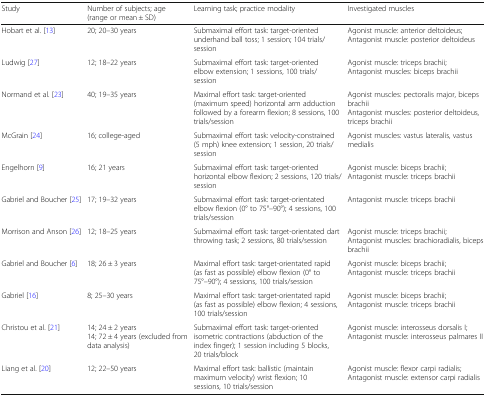
| Study | Number of subjects; age (range or mean ± SD) | Learning task; practice modality | Investigated muscles |
 | --- | --- | --- | --- |
 | Hobart et al. [13] | 20; 20–30 years | Submaximal effort task: target-oriented underhand ball toss; 1 session; 104 trials/session | Agonist muscle: anterior deltoideus;Antagonist muscle: posterior deltoideus |
 | Ludwig [27] | 12; 18–22 years | Submaximal effort task: target-oriented elbow extension; 1 sessions, 100 trials/session | Agonist muscle: triceps brachii;Antagonist muscles: biceps brachii |
 | Normand et al. [23] | 40; 19–35 years | Maximal effort task: target-oriented (maximum speed) horizontal arm adduction followed by a forearm flexion; 8 sessions, 100 trials/session | Agonist muscles: pectoralis major, biceps brachiiAntagonist muscles: posterior deltoideus, triceps brachii |
 | McGrain [24] | 16; college-aged | Submaximal effort task: velocity-constrained (5 mph) knee extension; 1 session, 20 trials/session | Agonist muscles: vastus lateralis, vastus medialis |
 | Engelhorn [9] | 16; 21 years | Submaximal effort task: target-oriented horizontal elbow flexion; 2 sessions, 120 trials/session | Agonist muscle: biceps brachii;Antagonist muscle: triceps brachii |
 | Gabriel and Boucher [25] | 17; 19–32 years | Submaximal effort task: target-orientated elbow flexion (0° to 75°–90°); 4 sessions, 100 trials/session | Antagonist muscle: triceps brachii |
 | Morrison and Anson [26] | 12; 18–25 years | Submaximal effort task: target-orientated dart throwing task; 2 sessions, 80 trials/session | Agonist muscle: triceps brachii;Antagonist muscles: brachioradialis, biceps brachii |
 | Gabriel and Boucher [6] | 18; 26 ± 3 years | Maximal effort task: target-orientated rapid (as fast as possible) elbow flexion (0° to 75°–90°); 4 sessions, 100 trials/session | Agonist muscle: biceps brachii;Antagonist muscle: triceps brachii |
 | Gabriel [16] | 8; 25–30 years | Maximal effort task: target-orientated rapid (as fast as possible) elbow flexion; 4 sessions, 100 trials/session | Agonist muscle: biceps brachii;Antagonist muscle: triceps brachii |
 | Christou et al. [21] | 14; 24 ± 2 years14; 72 ± 4 years (excluded from data analysis) | Submaximal effort task: target-oriented isometric contractions (abduction of the index finger); 1 session including 5 blocks, 20 trials/block | Agonist muscle: interosseus dorsalis I;Antagonist muscle: interosseus palmares II |
 | Liang et al. [20] | 12; 22–50 years | Maximal effort task: ballistic (maintain maximum velocity) wrist flexion; 10 sessions, 10 trials/session | Agonist muscle: flexor carpi radialis;Antagonist muscle: extensor carpi radialis |